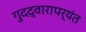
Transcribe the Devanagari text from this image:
गुदद्वारापर्यंत